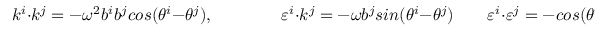
k ^ { i } \cdot k ^ { j } = - \omega ^ { 2 } b ^ { i } b ^ { j } c o s ( \theta ^ { i } - \theta ^ { j } ) , \qquad \qquad \varepsilon ^ { i } \cdot k ^ { j } = - \omega b ^ { j } s i n ( \theta ^ { i } - \theta ^ { j } ) \qquad \varepsilon ^ { i } \cdot \varepsilon ^ { j } = - c o s ( \theta ^ { i } - \theta ^ { j } )